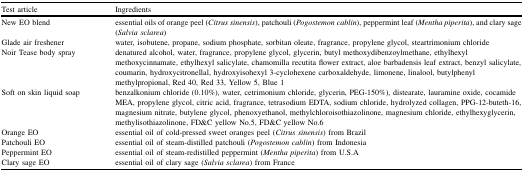
| Test article | Ingredients |
 | --- | --- |
 | New EO blend | essential oils of orange peel (Citrus sinensis), patchouli (Pogostemon cablin), peppermint leaf (Mentha piperita), and clary sage (Salvia sclarea) |
 | Glade air freshener | water, isobutene, propane, sodium phosphate, sorbitan oleate, fragrance, propylene glycol, steartrimonium chloride |
 | Noir Tease body spray | denatured alcohol, water, fragrance, propylene glycol, glycerin, butyl methoxydibenzoylmethane, ethylhexyl methoxycinnamate, ethylhexyl salicylate, chamomilla recutita flower extract, aloe barbadensis leaf extract, benzyl salicylate, coumarin, hydroxycitronellal, hydroxyisohexyl 3-cyclohexene carboxaldehyde, limonene, linalool, butylphenyl methylpropional, Red 40, Red 33, Yellow 5, Blue 1 |
 | Soft on skin liquid soap | benzalkonium chloride (0.10%), water, cetrimonium chloride, glycerin, PEG-150%), distearate, lauramine oxide, cocamide MEA, propylene glycol, citric acid, fragrance, tetrasodium EDTA, sodium chloride, hydrolyzed collagen, PPG-12-buteth-16, magnesium nitrate, butylene glycol, phenoxyethanol, methylchloroisothiazolinone, magnesium chloride, ethylhexyglycerin, methylisothiazolinone, FD&C yellow No.5, FD&C yellow No.6 |
 | Orange EO | essential oil of cold-pressed sweet oranges peel (Citrus sinensis) from Brazil |
 | Patchouli EO | essential oil of steam-distilled patchouli (Pogostemon cablin) from Indonesia |
 | Peppermint EO | essential oil of steam-redistilled peppermint (Mentha piperita) from U.S.A |
 | Clary sage EO | essential oil of clary sage (Salvia sclarea) from France |